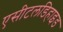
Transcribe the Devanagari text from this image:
एसीटलडिहाइड